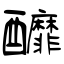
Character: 釄